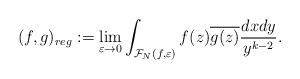
LaTeX: \begin{align*}(f,g)_{reg}:=\lim_{\varepsilon \rightarrow 0} \int_{\mathcal{F}_N(f,\varepsilon)}f(z)\overline{g(z)}\frac{dxdy}{y^{k-2}}.\end{align*}